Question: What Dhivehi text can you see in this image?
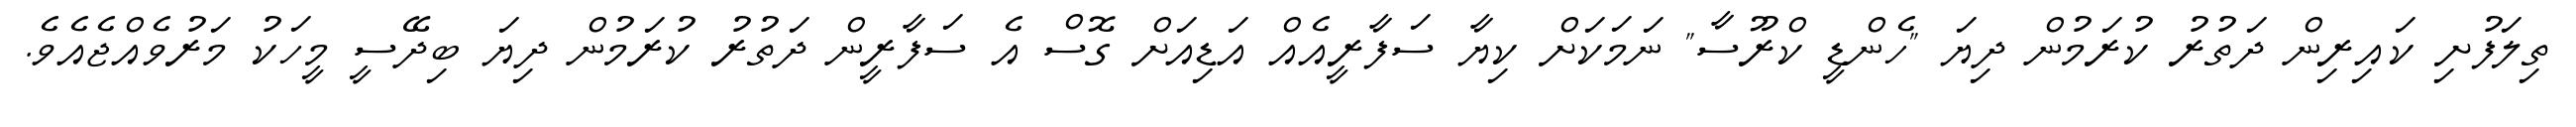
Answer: ތިލަފުށި ކައިރިން ދަތުރު ކުރަމުން ދިޔަ "ހެންޑީ ކްރޫސާ" ނަމަކަށް ކިޔާ ސަފާރީއެއް އަޑިއަށް ގޮސް އެ ސަފާރީން ދަތުރު ކުރަމުން ދިޔަ ބިދޭސީ މީހަކު މަރުވެއްޖެއެވެ.